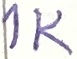
Text: 1K